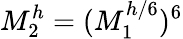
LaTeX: M_{2}^{h}=(M_{1}^{h/6})^{6}